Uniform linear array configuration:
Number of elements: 4
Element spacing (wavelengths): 0.25
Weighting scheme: blackman
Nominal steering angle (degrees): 30
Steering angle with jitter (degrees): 28.608
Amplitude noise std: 0.05
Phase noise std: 0.05

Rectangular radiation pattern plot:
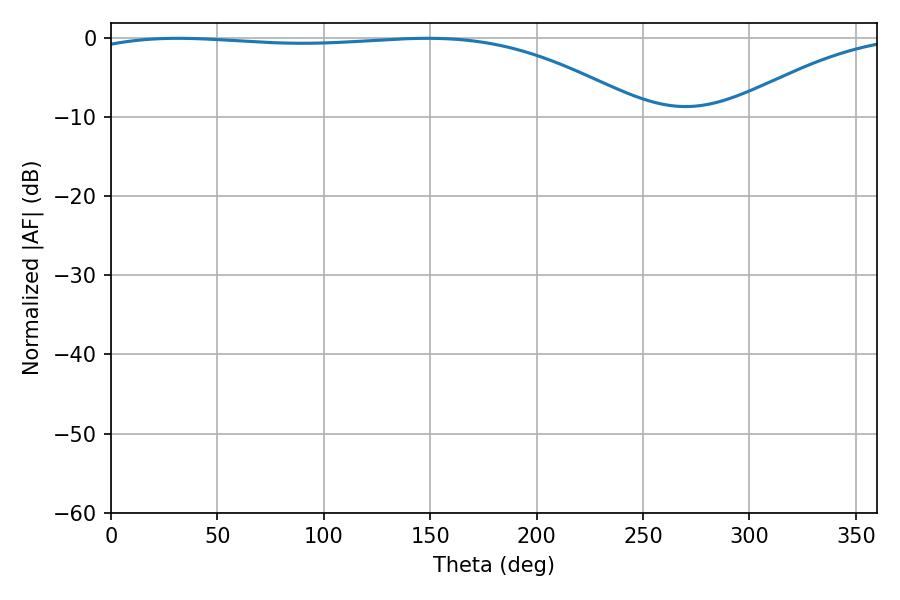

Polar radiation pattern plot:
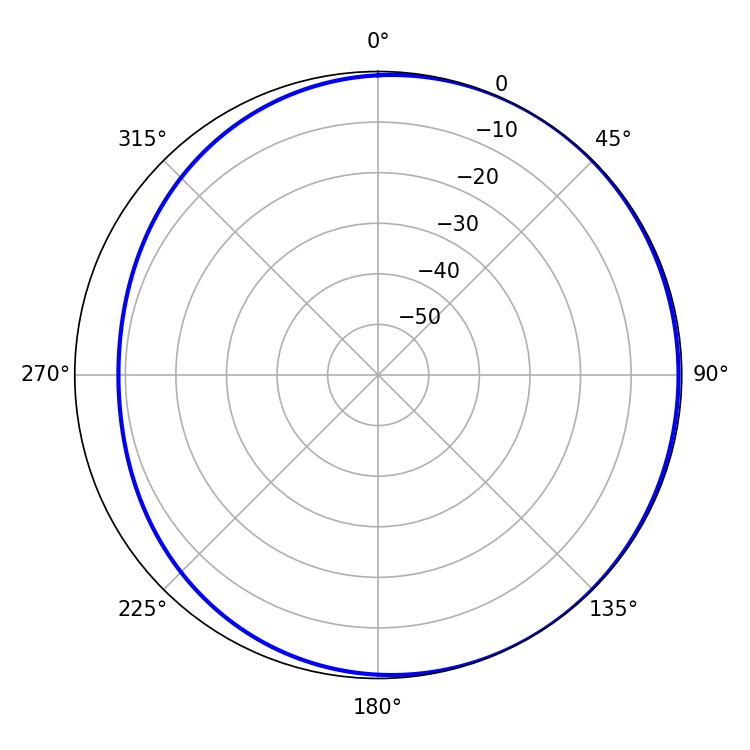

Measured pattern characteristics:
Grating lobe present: FALSE
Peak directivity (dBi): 1.881
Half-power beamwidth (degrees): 208.62
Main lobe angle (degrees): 31.32